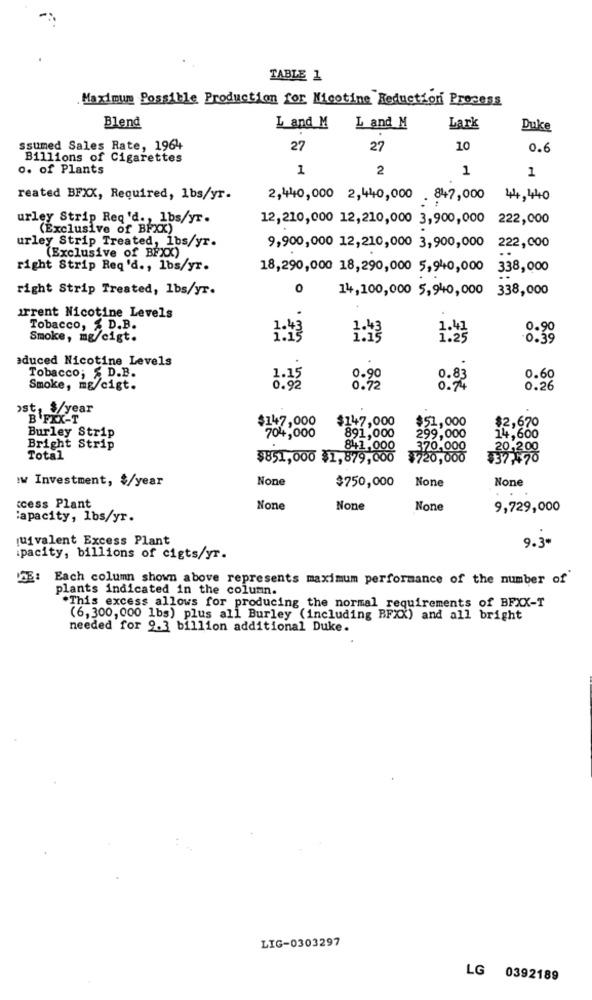
TABLE 1
Maximum Possible Production for Nicotine Reduction Process
Blend
and
L and M
Lark
Duke
.
ssumed Sales Rate, 1964
27
27
10
0.6
Billions of Cigarettes
o. of Plants
1
2
1
1
reated BFXX, Required, 1bs/yr.
2,440,000 2,440,000 . 847,000 44,440
urley Strip Req'd ., lbs/yr.
12,210,000 12,210,000 3,900,000 222,000
(Exclusive of BFXX)
urley Strip Treated, 1bs/yr.
9,900,000 12,210,000 3,900,000 222,000
(Exclusive of BEXX)
right Strip Req'd ., lbs/yr.
18,290,000 18,290,000 5,940,000 338,000
right Strip Treated, 1bs/yr.
0
14,100,000 5,940,000 338,000
irrent Nicotine Levels
Tobacco, $ D.B.
1.43
0.90
Smoke, mg/cigt.
0.39
aduced Nicotine Levels
Tobacco; $ D.B.
1.15
0.90
0.83
0.60
Smoke, mg/cigt.
0.92
0.72
0.74
0.26
›st, $/year
B FIX-T
$147,000
$147,000
$51,000
$2,670
Burley Strip
704,000
891,000
299,000
14,600
Bright Strip
841,000
370,000
20,200
Total
$851,000 $1,879,000
$720,000
$37.470
:w Investment, $/year
$750,000
ccess Plant
9,729,000
:apacity, lbs/yr.
quivalent Excess Plant
9.3
ipacity, billions of cigts/yr.
Each column shown above represents maximum performance of the number of
plants indicated in the column.
.This excess allows for producing the normal requirements of BFXX-T
(6,300,000 1bs) plus all Burley (including BFXX) and all bright
needed for 9.3 billion additional Duke.
LIG-0303297
LG 0392189